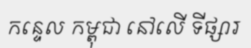
កន្ទេល កម្ពុជា នៅលើ ទីផ្សារ